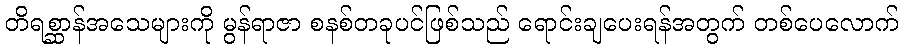
တိရစ္ဆာန်အသေများကို မွန်ရာဇာ စနစ်တခုပင်ဖြစ်သည် ရောင်းချပေးရန်အတွက် တစ်ပေလောက်